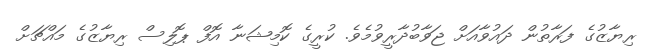
ރިޔާޒުގެ ފަރާތުން ދައުވާއަށް ޖަވާބުދާރީވުމެވެ. ކުރީގެ ކޮމިޝަނާ އޮފް ޕޮލިސް ރިޔާޒުގެ މައްޗަށް